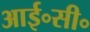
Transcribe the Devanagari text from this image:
आई॰सी॰